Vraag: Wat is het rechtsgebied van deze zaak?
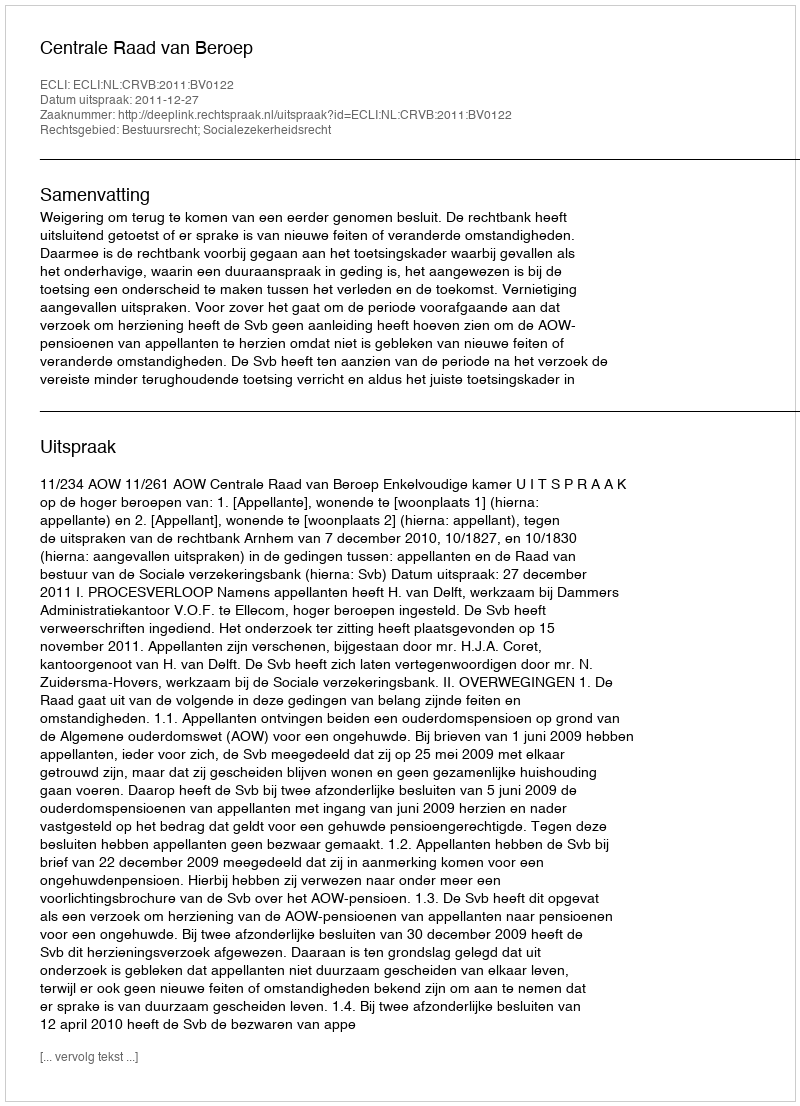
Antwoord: Bestuursrecht; Socialezekerheidsrecht